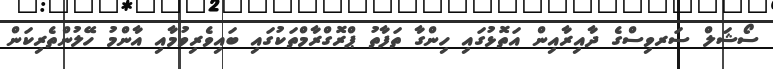
ސޯޝަލް ސަރވިސްގެ ދާއިރާއިން އަތޮޅުގައި ހިންގާ ތަފާތު ޕްރޮގްރާމްތަކުގައި ބައިވެރިވުމާއި އާންމު ހޭލުންތެރިކަން